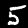
Label: 5